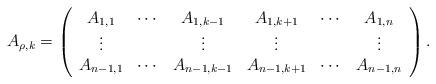
LaTeX: \begin{align*}A_{\rho,k}=\left(\begin{array}{cccccc} A_{1,1}& \cdots & A_{1,k-1} & A_{1,k+1} & \cdots & A_{1,n}\\ \vdots & & \vdots & \vdots & &\vdots\\ A_{n-1,1}& \cdots & A_{n-1,k-1} & A_{n-1,k+1} & \cdots & A_{n-1,n} \end{array}\right).\end{align*}